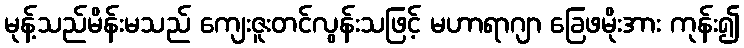
မုန့်သည်မိန်းမသည် ကျေးဇူးတင်လွန်းသဖြင့် မဟာရာဂျာ ခြေဖမိုးအား ကုန်း၍